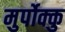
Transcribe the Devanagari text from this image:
मुर्पोक्कु